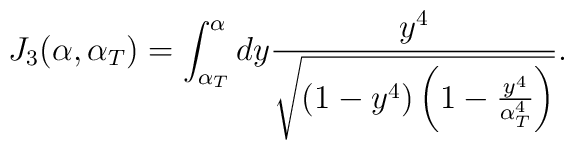
J_3(\alpha, \alpha_T) = \int_{\alpha_T}^{\alpha} dy\frac{y^4}{\sqrt{(1 - y^4) \left(1 - \frac{y^4}{\alpha_T^4}\right)}}.